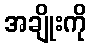
အချိုးကို